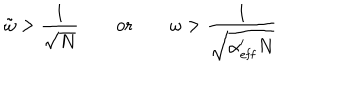
\tilde { \omega } > \frac { 1 } { \sqrt { N } } \qquad \mathrm { o r } \qquad \omega > \frac { 1 } { \sqrt { \alpha _ { \mathrm { e f f } } ^ { \prime } N } }